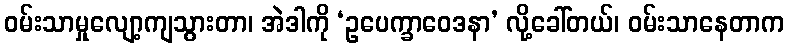
ဝမ်းသာမှုလျော့ကျသွားတာ၊ အဲဒါကို ‘ဥပေက္ခာဝေဒနာ’ လို့ခေါ်တယ်၊ ဝမ်းသာနေတာက